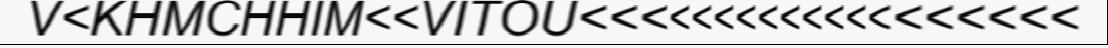
V<KHMCHHIM<<VITOU<<<<<<<<<<<<<<<<<<<